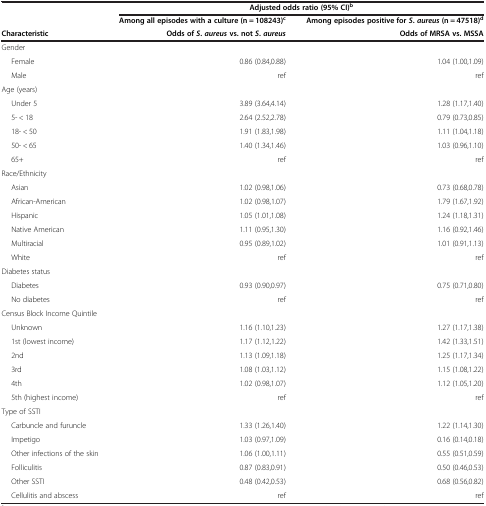
<table><thead><tr><td><b> </b></td><td colspan="2"><b>Adjusted odds ratio (95% CI)<sup>b</sup></b></td></tr><tr><td><b> </b></td><td><b>Among all episodes with a culture (n = 108243)<sup>c</sup></b></td><td><b>Among episodes positive for <i>S</i>. <i>aureus </i>(n = 47518)<sup>d</sup></b></td></tr><tr><td><b>Characteristic</b></td><td><b>Odds of <i>S</i>. <i>aureus </i>vs. not <i>S</i>. <i>aureus</i></b></td><td><b>Odds of MRSA vs. MSSA</b></td></tr></thead><tbody><tr><td>Gender</td><td> </td><td> </td></tr><tr><td>Female</td><td>0.86 (0.84,0.88)</td><td>1.04 (1.00,1.09)</td></tr><tr><td>Male</td><td>ref</td><td>ref</td></tr><tr><td>Age (years)</td><td> </td><td> </td></tr><tr><td>Under 5</td><td>3.89 (3.64,4.14)</td><td>1.28 (1.17,1.40)</td></tr><tr><td>5- &lt; 18</td><td>2.64 (2.52,2.78)</td><td>0.79 (0.73,0.85)</td></tr><tr><td>18- &lt; 50</td><td>1.91 (1.83,1.98)</td><td>1.11 (1.04,1.18)</td></tr><tr><td>50- &lt; 65</td><td>1.40 (1.34,1.46)</td><td>1.03 (0.96,1.10)</td></tr><tr><td>65+</td><td>ref</td><td>ref</td></tr><tr><td>Race/Ethnicity</td><td> </td><td> </td></tr><tr><td>Asian</td><td>1.02 (0.98,1.06)</td><td>0.73 (0.68,0.78)</td></tr><tr><td>African-American</td><td>1.02 (0.98,1.07)</td><td>1.79 (1.67,1.92)</td></tr><tr><td>Hispanic</td><td>1.05 (1.01,1.08)</td><td>1.24 (1.18,1.31)</td></tr><tr><td>Native American</td><td>1.11 (0.95,1.30)</td><td>1.16 (0.92,1.46)</td></tr><tr><td>Multiracial</td><td>0.95 (0.89,1.02)</td><td>1.01 (0.91,1.13)</td></tr><tr><td>White</td><td>ref</td><td>ref</td></tr><tr><td>Diabetes status</td><td> </td><td> </td></tr><tr><td>Diabetes</td><td>0.93 (0.90,0.97)</td><td>0.75 (0.71,0.80)</td></tr><tr><td>No diabetes</td><td>ref</td><td>ref</td></tr><tr><td>Census Block Income Quintile</td><td> </td><td> </td></tr><tr><td>Unknown</td><td>1.16 (1.10,1.23)</td><td>1.27 (1.17,1.38)</td></tr><tr><td>1st (lowest income)</td><td>1.17 (1.12,1.22)</td><td>1.42 (1.33,1.51)</td></tr><tr><td>2nd</td><td>1.13 (1.09,1.18)</td><td>1.25 (1.17,1.34)</td></tr><tr><td>3rd</td><td>1.08 (1.03,1.12)</td><td>1.15 (1.08,1.22)</td></tr><tr><td>4th</td><td>1.02 (0.98,1.07)</td><td>1.12 (1.05,1.20)</td></tr><tr><td>5th (highest income)</td><td>ref</td><td>ref</td></tr><tr><td>Type of SSTI</td><td> </td><td> </td></tr><tr><td>Carbuncle and furuncle</td><td>1.33 (1.26,1.40)</td><td>1.22 (1.14,1.30)</td></tr><tr><td>Impetigo</td><td>1.03 (0.97,1.09)</td><td>0.16 (0.14,0.18)</td></tr><tr><td>Other infections of the skin</td><td>1.06 (1.00,1.11)</td><td>0.55 (0.51,0.59)</td></tr><tr><td>Folliculitis</td><td>0.87 (0.83,0.91)</td><td>0.50 (0.46,0.53)</td></tr><tr><td>Other SSTI</td><td>0.48 (0.42,0.53)</td><td>0.68 (0.56,0.82)</td></tr><tr><td>Cellulitis and abscess</td><td>ref</td><td>ref</td></tr></tbody></table>